画像に写った文字を読んでください
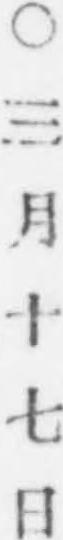
「○三月十七日」と書いてあります